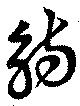
觴